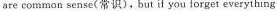
are common sense(常识).But if you forget everything